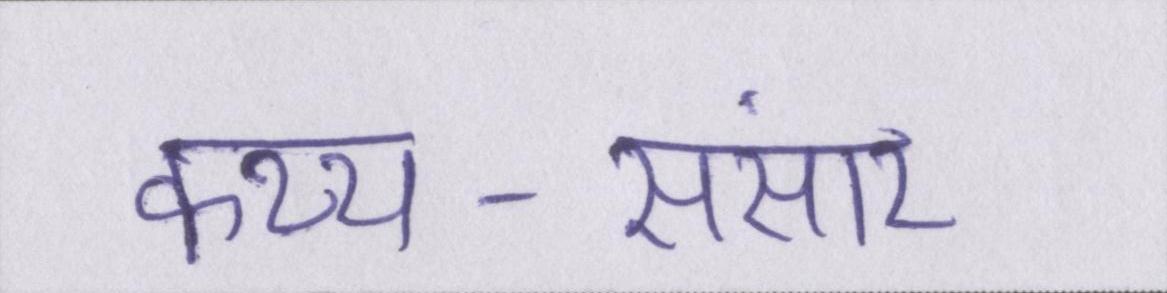
कथ्य-संसार